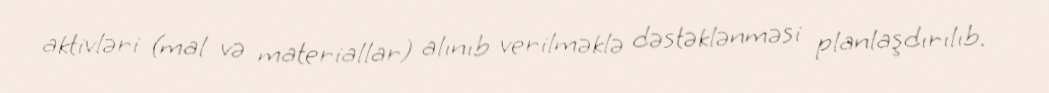
aktivləri (mal və materiallar) alınıb verilməklə dəstəklənməsi planlaşdırılıb.